Civil Veterinary Dept. Bombay admin report 1893-99 - 1893-1899
Year: 1893
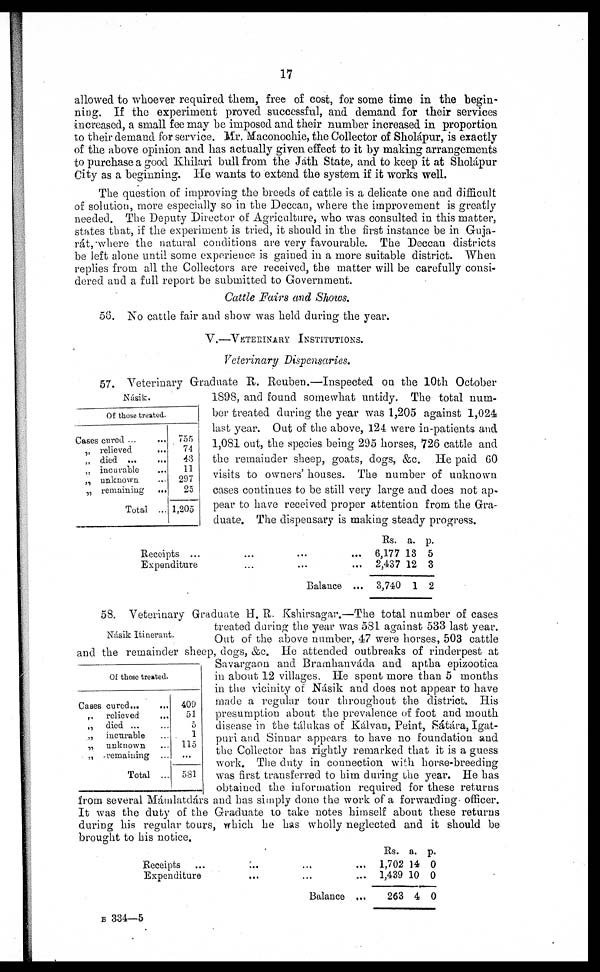
17
allowed to whoever required them, free of cost, for some time in the begin-
ning. If the experiment proved successful, and demand for their services
increased, a small fee may be imposed and their number increased in proportion
to their demand for service. Mr. Maconochie, the Collector of Sholápur, is exactly
of the above opinion and has actually given effect to it by making arrangements
to purchase a good Khilari bull from the Jath State, and to keep it at Sholápur
City as a beginning. He wants to extend the system if it works well.
The question of improving the breeds of cattle is a delicate one and difficult
of solution, more especially so in the Deccan, where the improvement is greatly
needed. The Deputy Director of Agriculture, who was consulted in this matter,
states that, if the experiment is tried, it should in the first instance be in Guja-
rát, where the natural conditions are very favourable. The Deccan districts
be left alone until some experience is gained in a more suitable district. When
replies from all the Collectors are received, the matter will be carefully consi-
dered and a full report be submitted to Government.
Cattle Fairs and Shows.
56. No cattle fair and show was held during the year.
V.—VETERINARY INSTITUTIONS.
Veterinary Dispensaries.
Násik.
Of those treated.
Cases cured ... ...
„ relieved
...
„ died ... ...
„ incurable ...
„ unknown ...
„ remaining ...
Total ...
755
74
43
11
297
25
1,205
57. Veterinary Graduate R. Reuben.—Inspected on the 10th October
1898, and found somewhat untidy. The total num-
ber treated during the year was 1,205 against 1,024
last year. Out of the above, 124 were in-patients and
1,081 out, the species being 295 horses, 726 cattle and
the remainder sheep, goats, dogs, &c. He paid 60
visits to owners' houses. The number of unknown
cases continues to be still very large and does not ap-
pear to have received proper attention from the Gra-
duate. The dispensary is making steady progress.
Receipts ...
...
...
...
Expenditure
...
... ...
Balance ...
Rs.
6,177
2,437
3,740
a.
13
12
1
p.
5
3
2
Násik Itinerant.
Of those treated.
Cases cured ... ...
„ relieved
...
„ died ... ...
„
incurable ...
„ unknown ...
„ remaining ...
Total ...
409
51
5
1
115
...
581
58. Veterinary Graduate H. R. Kshirsagar.—The total number of cases
treated during the year was 581 against 533 last year.
Out of the above number, 47 were horses, 503 cattle
and the remainder sheep, dogs, &c. He attended outbreaks of rinderpest at
Savargaon and Bramhanváda and aptha epizootica
in about 12 villages. He spent more than 5 months
in the vicinity of Násik and does not appear to have
made a regular tour throughout the district. His
presumption about the prevalence of foot and mouth
disease in the tálukas of Kálvan, Peint, Sátára, Igat-
puri and Sinnar appears to have no foundation and
the Collector has rightly remarked that it is a guess
work. The duty in connection with horse-breeding
was first transferred to him during the year. He has
obtained the information required for these returns
from several Mámlatdárs and has simply done the work of a forwarding officer.
It was the duty of the Graduate to take notes himself about these returns
during his regular tours, which he has wholly neglected and it should be
brought to his notice.
Receipts ... ... ... ...
Expenditure
...
... ...
Balance ...
Rs.
1,702
1,439
263
a.
14
10
4
p.
0
0
0
B 334—5